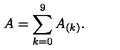
A = \sum _ { k = 0 } ^ { 9 } A _ { ( k ) } .